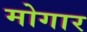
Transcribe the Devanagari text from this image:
मोगार